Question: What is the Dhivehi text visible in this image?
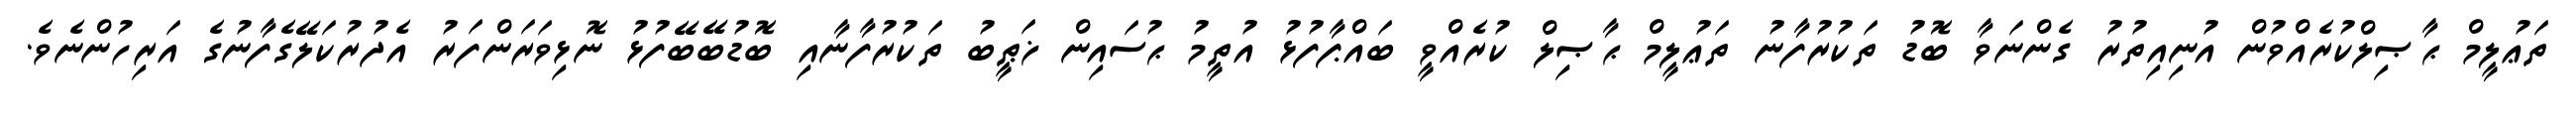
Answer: ތަޢުލީމް ޙާޞިލްކުރެއްވުން އުނިއިތުރު ގެންނަވާ ބޮޑު ތަކުރުފާނު ތަޢުލީމް ޙާޞިލް ކުރެއްވީ ބައްޕާފުޅު އުތީމު ޙުސައިން ޚަޠީބު ތަކުރުފާނާއި ބޮޑުބޭބޭފުޅު ނޮޅިވަރަންފަރު އެދުރުކަލޭގެފާނުގެ އަރިހުންނެވެ.